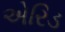
એરિડ